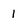
Character: 1